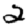
Digit: 2